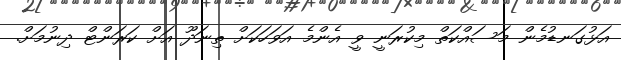
އަޅުގަނޑުމެން މަސައްކަތް މިކުރަނީ ވީ އެންމެ އަވަހަކަށް ތިނަދޫ އަށް ކަރަންޓް ދިނުމަށް.